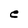
Character: e